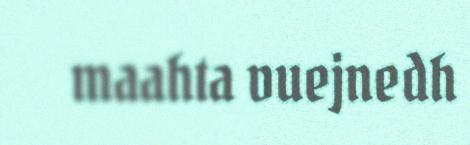
maahta vuejnedh